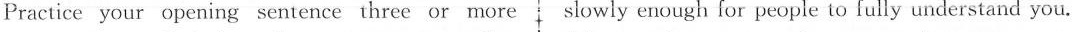
Practice your opening sentence three or more slowly enough for people to fully understand you.